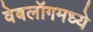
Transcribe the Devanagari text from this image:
वेबलॉगमध्ये